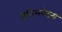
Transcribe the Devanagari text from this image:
प्रतिसंवेदना